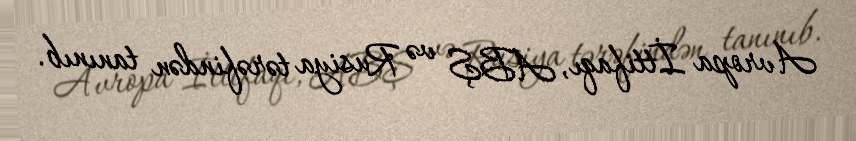
Avropa İttifaqı, ABŞ və Rusiya tərəfindən tanınıb.